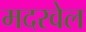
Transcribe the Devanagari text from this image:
मदरवेल